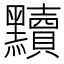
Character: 黷